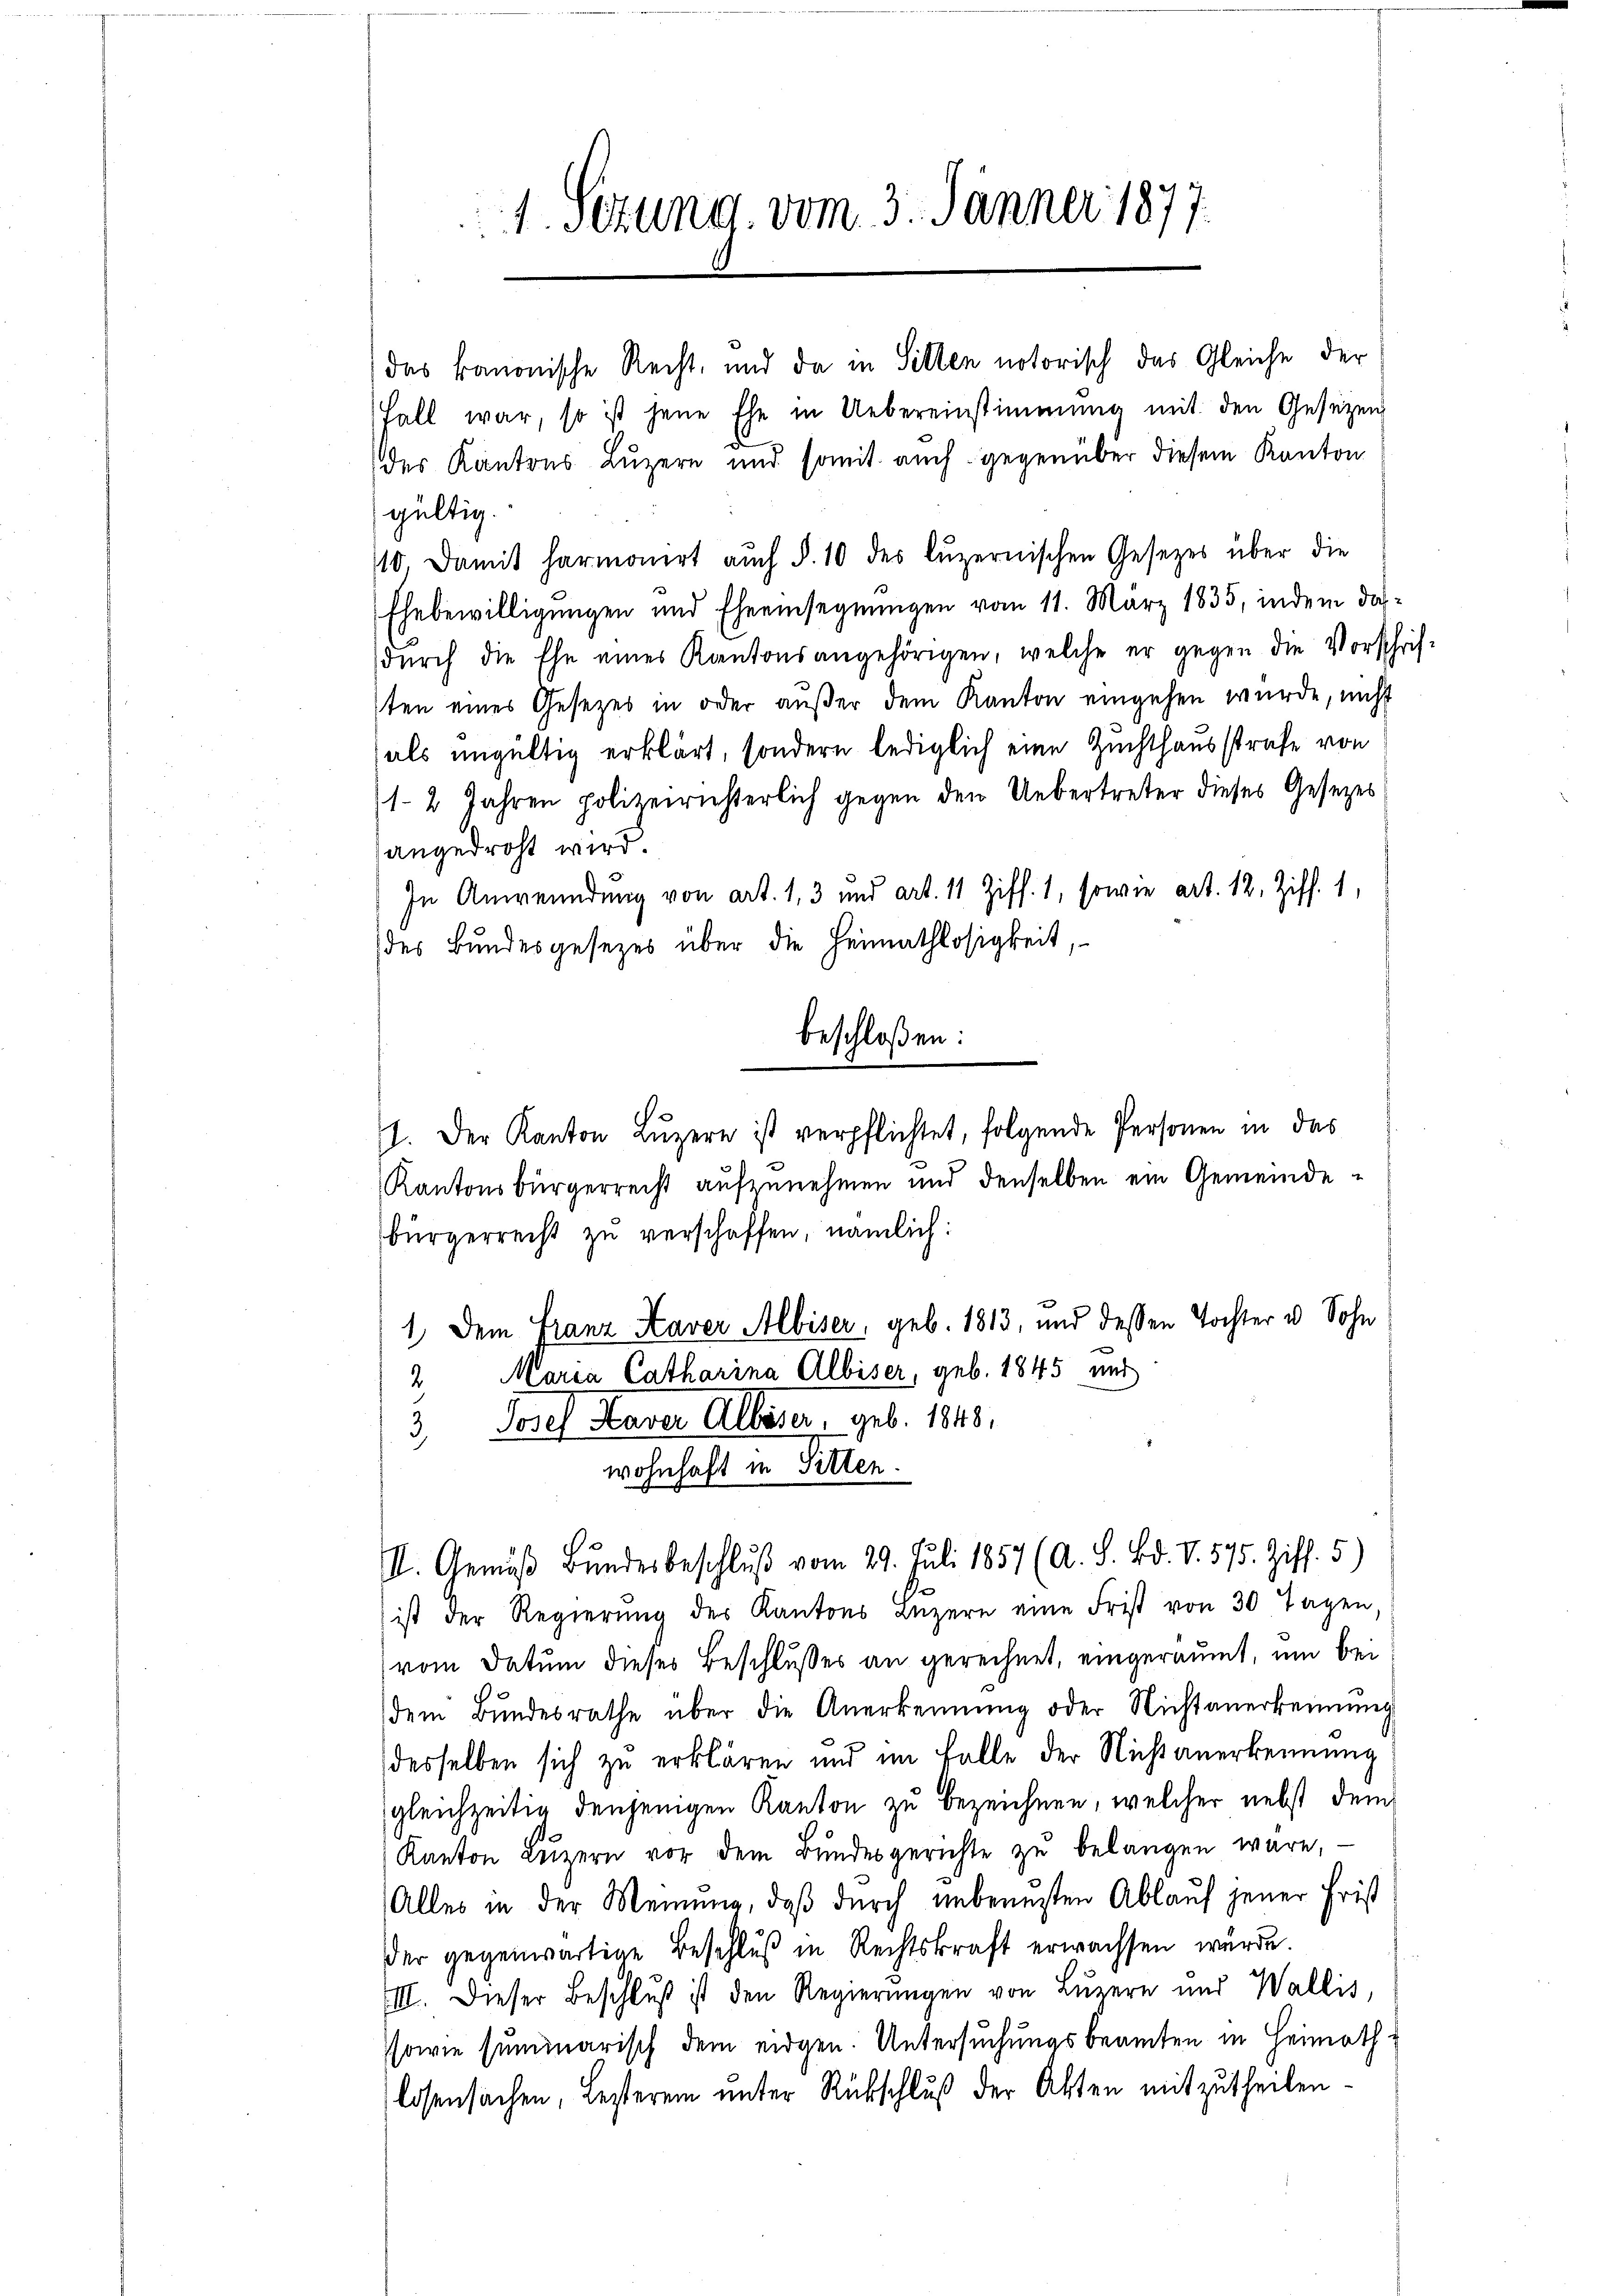
.
1. Sezung vom 3. Jänner 1871

das kanonische Recht, und da in Sitten notorisch das Gleiche der
Fall war, so ist jene Ehe in Uebereinstimmung mit den Gesetzen
der Kantons Luzern und somit auch gegenüber diesem Kanton
gültig.
110. Damit harmonirt auch §. 10 des luzernischen Gesetzes über die
Ehebewilligungen und Eheeinsegnungen vom 11. März 1835, indem dasdŭrch die Ehe eines Kantonsangehörigen, welche er gegen die Vorschrif-
sten eines Gesetzes in oder außer dem Kanton eingehen wurde, nicht
als ungültig erklärt, sondern lediglich eine Zuchthausstrafe von
12 Jahren polizeirichterlich gegen den Uebertreter dieses Gesezes
angedroht wird.
In Anwendung von Art. 1, 3 und Art. 11 Ziff. 1, sowie art. 12. Ziff. 1,
(des Bundesgesezes über die Heimathlosigkeit
1. Der Kanton Lŭzern ist verpflichtet, folgende Personen in das
Kantonsbürgerrecht aufzunehmen und denselben ein Gemeinde
bürgerrecht zu verschaffen, nämlich:
1. Dem Franz Kaver Albiser, geb. 1813, und dessen Tochter u. Sohn
2 Maria Catharina Albiser, geb. 1845 und
Josef Haver Alböser, geb. 1848,
3
wohnhaft in Sitten.
I. Gemäß Bundesbeschluß vom 29. Juli 1857 (A. S. Bd. V. 575. Ziff. 5)
ist der Regierŭng des Kantons Luzern eine Frist von 30 Tagen.
(vom Datum dieses Beschlusses an gerechnet, eingeräumt, um bei
dem Bundesrathe über die Anerkennung oder Nichtanerkennung
desselben sich zu erklären und im Falle der Nicht anerkennung
gleichzeitig denjenigen Kanton zu bezeichnen, welcher nebst dem
Kanton Lŭzern vor dem Bŭndesgerichte zŭ belangen wäre,
Alles in der Meinung, daß durch unbenuzten Ablauf jener Frist
der gegenwärtige Beschluß in Rechtskraft erwachsen würde.
III. Dieser Beschlŭβ ist den Regierŭngen von Luzern und Wallis,
sowie summarisch dem eidgen. Untersuchungsbeamten in Heimathlosensachen, Lesterem unter Rückschluß der Akten mitzutheilen.

beschloßen: